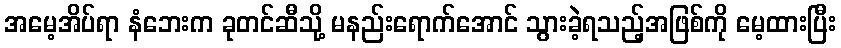
အမေ့အိပ်ရာ နံဘေးက ခုတင်ဆီသို့ မနည်းရောက်အောင် သွားခဲ့ရသည့်အဖြစ်ကို မေ့ထားပြီး